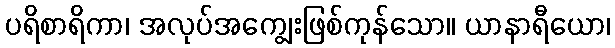
ပရိစာရိကာ၊ အလုပ်အကျွေးဖြစ်ကုန်သော။ ယာနာရီယော၊